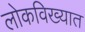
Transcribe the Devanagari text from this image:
लोकविख्यात